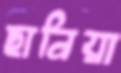
ছানিয়া